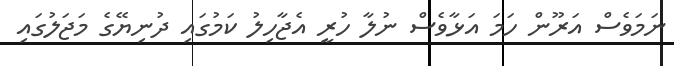
ނަމަވެސް އަރޫން ހަމަ އަޅާވެސް ނުލާ ހުރީ އެޖާހިލު ކަމުގައި ދުނިޔޭގެ މަޖަލުގައި